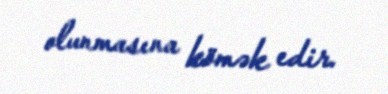
olunmasına kömək edir.